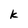
Character: k